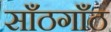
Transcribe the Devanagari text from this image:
साँठगाँठ